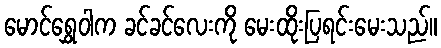
မောင်ရွှေဝါက ခင်ခင်လေးကို မေးထိုးပြရင်းမေးသည်။